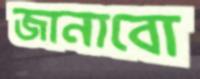
জানাবো